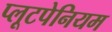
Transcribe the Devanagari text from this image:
प्लूटपेनियम